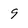
Character: 9